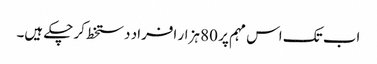
اب تک اس مہم پر 80 ہزار افراد دستخط کر چکے ہیں۔